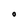
Character: O